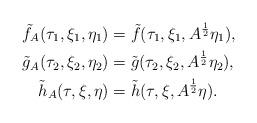
LaTeX: \begin{align*} \tilde{f}_A (\tau_1, \xi_1 , \eta_1) & = \tilde{f} ( \tau_1 , \xi_1, A^{\frac{1}{2}} \eta_1), \\ \tilde{g}_A (\tau_2, \xi_2, \eta_2) & = \tilde{g} ( \tau_2, \xi_2, A^{\frac{1}{2}} \eta_2), \\ \tilde{h}_A (\tau, \xi, \eta) & = \tilde{h} ( \tau, \xi, A^{\frac{1}{2}} \eta).\end{align*}